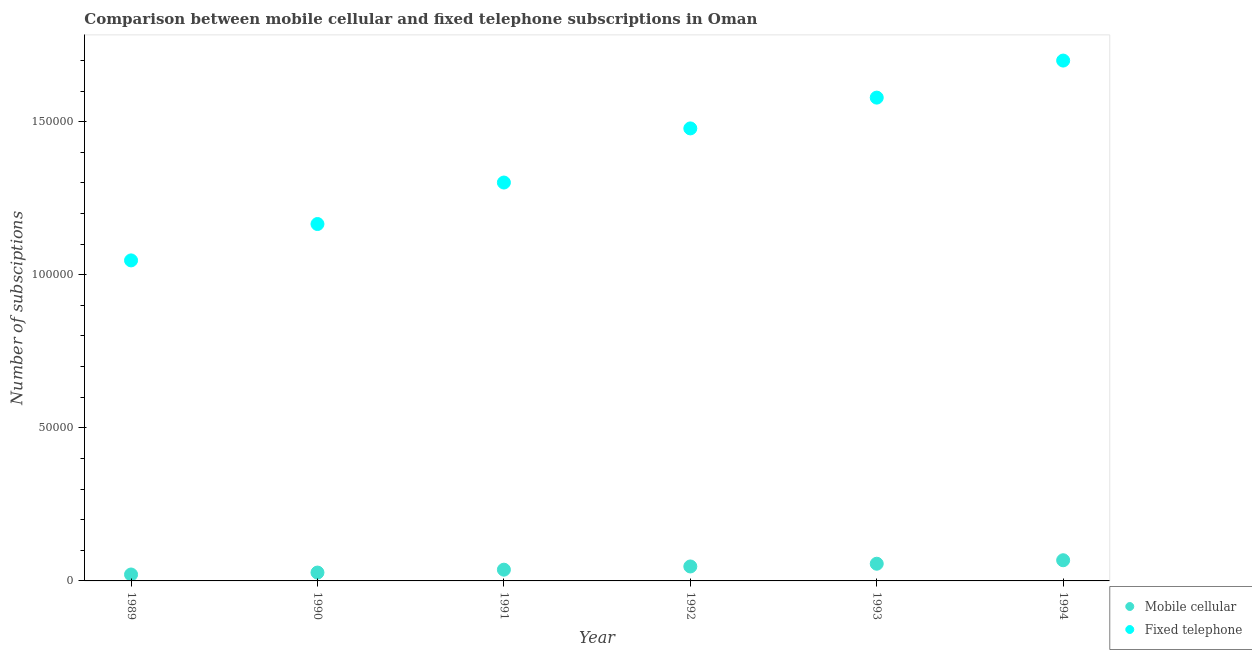
| Year | Mobile cellular | Fixed telephone |
 | --- | --- | --- |
 | 1989 | 2.1e+03 | 1.05e+05 |
 | 1990 | 2.73e+03 | 1.17e+05 |
 | 1991 | 3.67e+03 | 1.3e+05 |
 | 1992 | 4.72e+03 | 1.48e+05 |
 | 1993 | 5.62e+03 | 1.58e+05 |
 | 1994 | 6.75e+03 | 1.7e+05 |